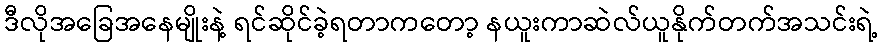
ဒီလိုအခြေအနေမျိုးနဲ့ ရင်ဆိုင်ခဲ့ရတာကတော့ နယူးကာဆဲလ်ယူနိုက်တက်အသင်းရဲ့